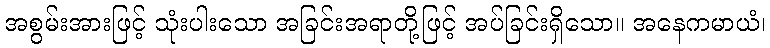
အစွမ်းအားဖြင့် သုံးပါးသော အခြင်းအရာတို့ဖြင့် အပ်ခြင်းရှိသော။ အနေကမာယံ၊